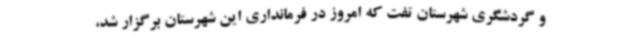
و گردشگری شهرستان تفت که امروز در فرمانداری این شهرستان برگزار شد،